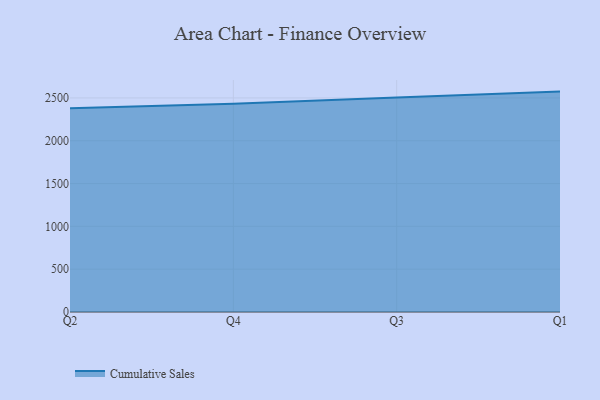
{"axis": {"x": "Quarter", "y": "Backlog"}, "legend": ["Cumulative Sales"], "data": [{"x": "Q2", "y": 2380.7, "type": "Cumulative Sales"}, {"x": "Q4", "y": 2432.0, "type": "Cumulative Sales"}, {"x": "Q3", "y": 2505.7, "type": "Cumulative Sales"}, {"x": "Q1", "y": 2573.7, "type": "Cumulative Sales"}]}